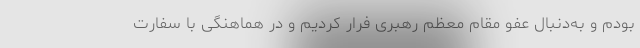
بودم و به‌دنبال عفو مقام معظم رهبری فرار کردیم و در هماهنگی با سفارت